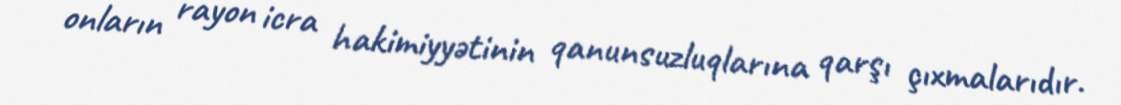
onların rayon icra hakimiyyətinin qanunsuzluqlarına qarşı çıxmalarıdır.